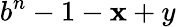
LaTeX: b^{n}-1-\mathbf{x}+y